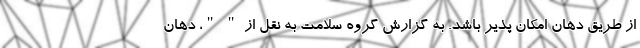
از طریق دهان امکان پذیر باشد. به گزارش گروه سلامت به نقل از " "، دهان